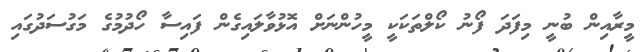
މީރާއިން ބުނީ މިފަދަ ފޯނު ކޯލްތަކަކީ މީހުންނަށް އޮޅުވާލައިގެން ފައިސާ ހޯދުމުގެ މަގުސަދުގައި